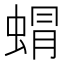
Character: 𮔙